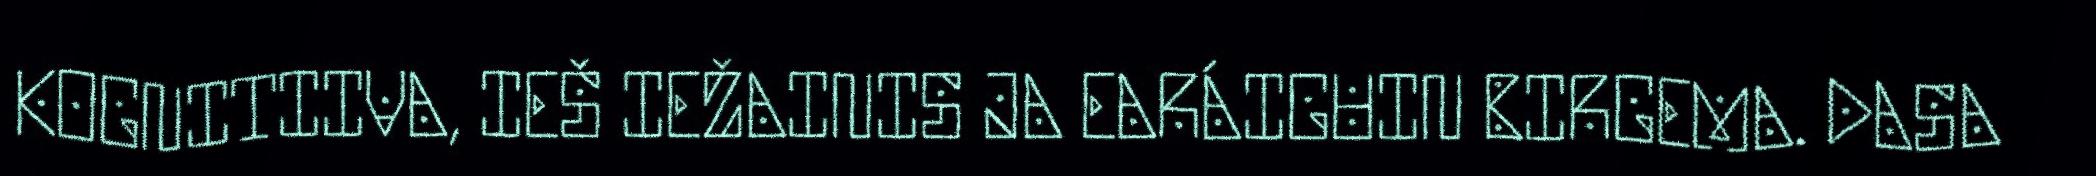
KOGNITIIVA, IEŠ IEŽAINIS JA EARÁIGUIN BIRGEMA. DASA